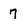
Character: 7